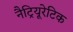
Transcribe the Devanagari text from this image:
नैट्रियूरेटिक